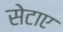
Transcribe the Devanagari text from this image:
सेटाए